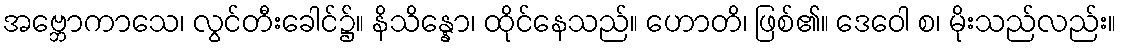
အဗ္ဘောကာသေ၊ လွင်တီးခေါင်၌။ နိသိန္နော၊ ထိုင်နေသည်။ ဟောတိ၊ ဖြစ်၏။ ဒေဝေါ စ၊ မိုးသည်လည်း။